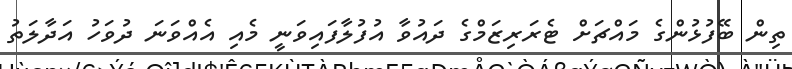
ތިން ބޭފުޅުންގެ މައްޗަށް ޓެރަރިޒަމްގެ ދައުވާ އުފުލާފައިވަނީ މެއި އެއްވަނަ ދުވަހު އަދާލަތު